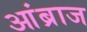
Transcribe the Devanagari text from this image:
आंब्राज